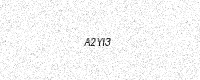
Text: A2YI3